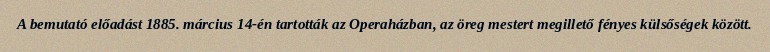
A bemutató előadást 1885. március 14-én tartották az Operaházban, az öreg mestert megillető fényes külsőségek között.